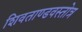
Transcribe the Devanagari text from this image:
शिवताण्डवस्तोत्र